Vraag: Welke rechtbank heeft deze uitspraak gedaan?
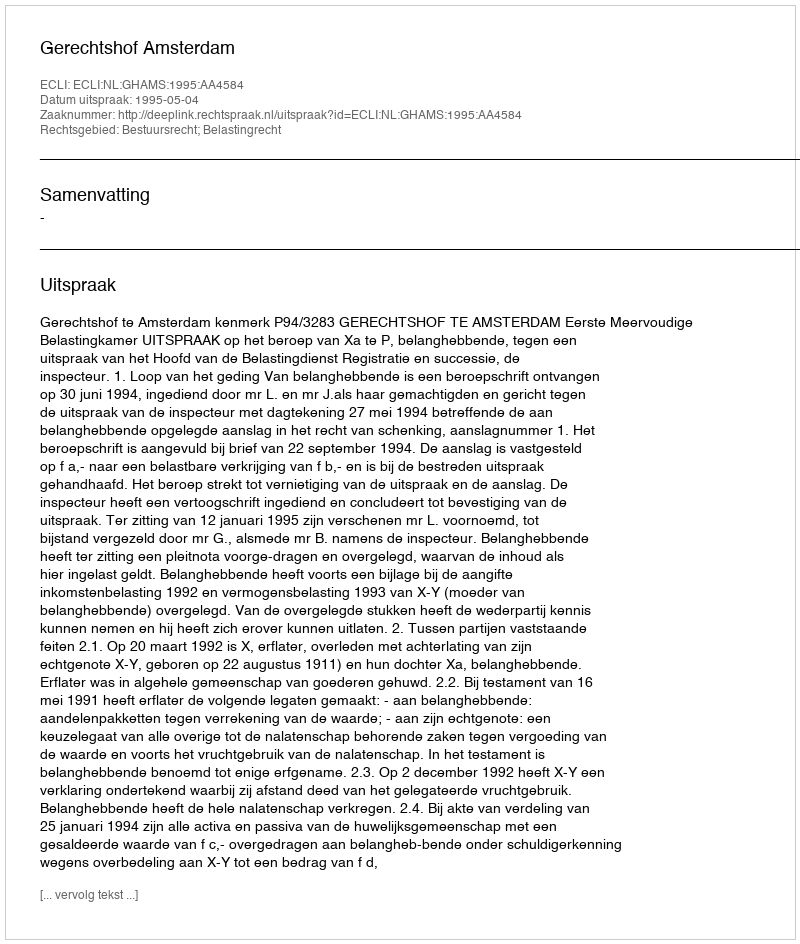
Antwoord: Gerechtshof Amsterdam